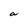
Character: a